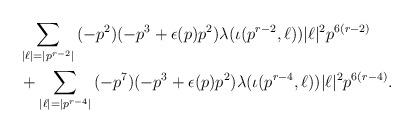
LaTeX: \begin{align*}&\sum_{|\ell| = |p^{r-2}|}{(-p^2)(-p^3+\epsilon(p)p^2)\lambda(\iota(p^{r-2}, \ell))|\ell|^2p^{6(r-2)}} \\&+ \sum_{|\ell| = |p^{r-4}|}{(-p^7)(-p^3+\epsilon(p)p^2)\lambda(\iota(p^{r-4}, \ell))|\ell|^2p^{6(r-4)}}. \end{align*}